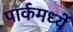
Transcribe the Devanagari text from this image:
पार्कमध्यें